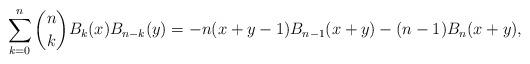
LaTeX: \begin{align*} \sum_{k=0}^n \binom{n}{k}B_k(x)B_{n-k}(y)=-n(x+y-1)B_{n-1}(x+y)-(n-1)B_n (x+y),\end{align*}